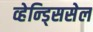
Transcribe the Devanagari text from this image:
व्हेन्ड्सिसेल